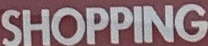
SHOPPING